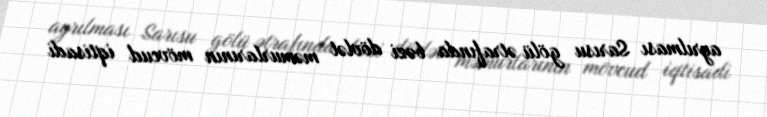
ayrılması Sarısu gölü ətrafında bəzi dövlət məmurlarının mövcud iqtisadi